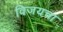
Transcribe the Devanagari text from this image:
विजयचा